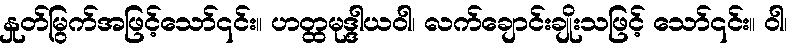
နှုတ်မြွက်အဖြင့်သော်၎င်း။ ဟတ္ထမုဒ္ဒါယဝါ၊ လက်ချောင်းချိုးသဖြင့် သော်၎င်း။ ဝါ၊